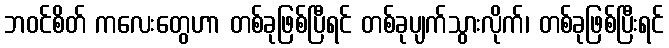
ဘဝင်စိတ် ကလေးတွေဟာ တစ်ခုဖြစ်ပြီရင် တစ်ခုပျက်သွားလိုက်၊ တစ်ခုဖြစ်ပြီးရင်